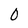
Character: 0